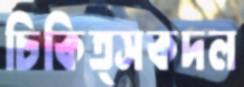
চিকিত্সকদল